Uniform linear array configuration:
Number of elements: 64
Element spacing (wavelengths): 1
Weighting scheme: exponential
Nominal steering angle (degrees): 30
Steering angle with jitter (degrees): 31.148
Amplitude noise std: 0.05
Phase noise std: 0.05

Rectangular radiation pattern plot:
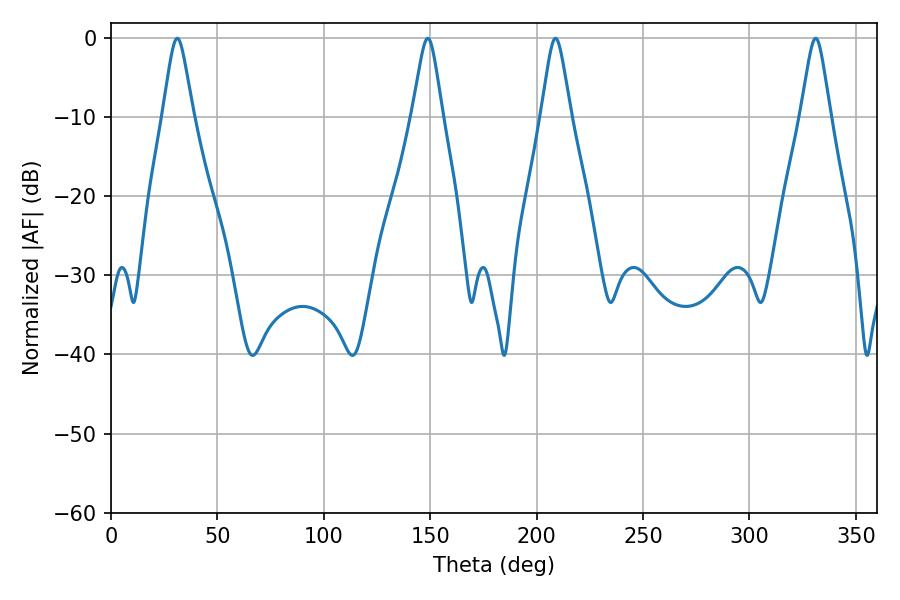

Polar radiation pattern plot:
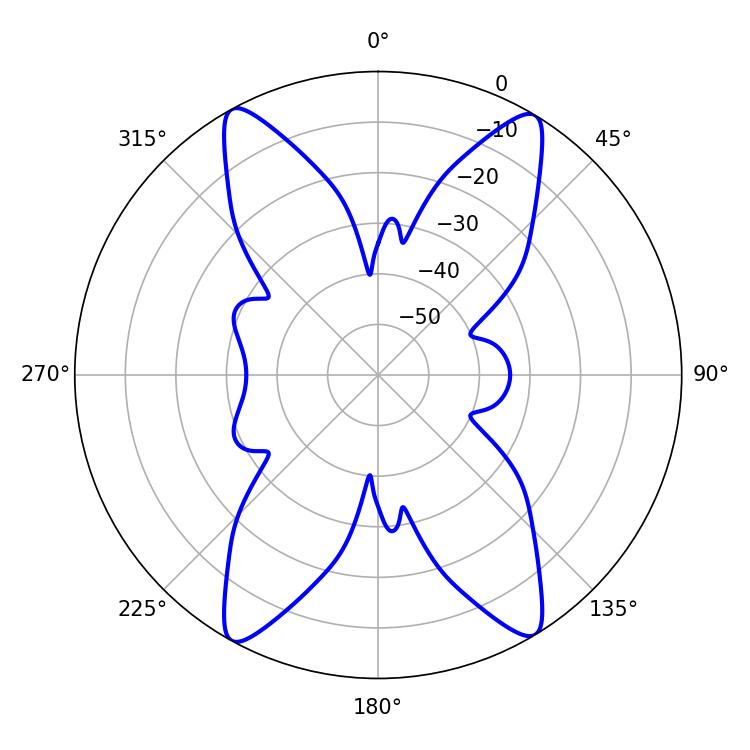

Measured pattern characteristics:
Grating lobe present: TRUE
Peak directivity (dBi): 21.621
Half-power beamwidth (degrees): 6.66
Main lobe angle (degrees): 31.14